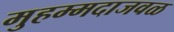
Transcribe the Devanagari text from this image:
मुहम्मदाजवळ